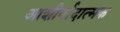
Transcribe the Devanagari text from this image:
आशीर्वादात्मक